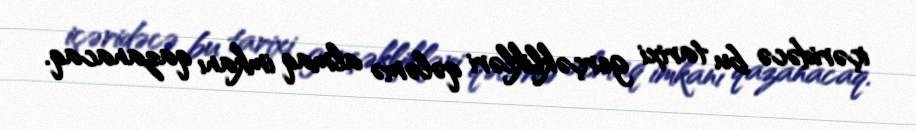
içəridəcə bu tarixi gerçəklikləri qələmə almaq imkanı qazanacaq.